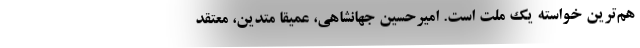
هم‌ترین خواسته یک ملت است. امیرحسین جهانشاهی، عمیقاً متدین، معتقد